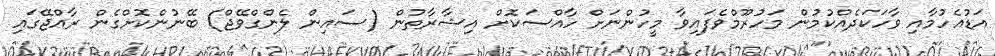
އަޑުއެހުމާއި ވާހަކަދެއްކުމުން މަހުރޫމްވެފައިވާ މީހުންނަށް ހާއްސަކޮށް އިޝާރާތުން (ސައިން ލެންގްވޭޖް) ބޭނުންކޮށްގެން ރާއްޖޭގައި